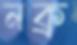
নক্র